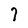
Character: 7